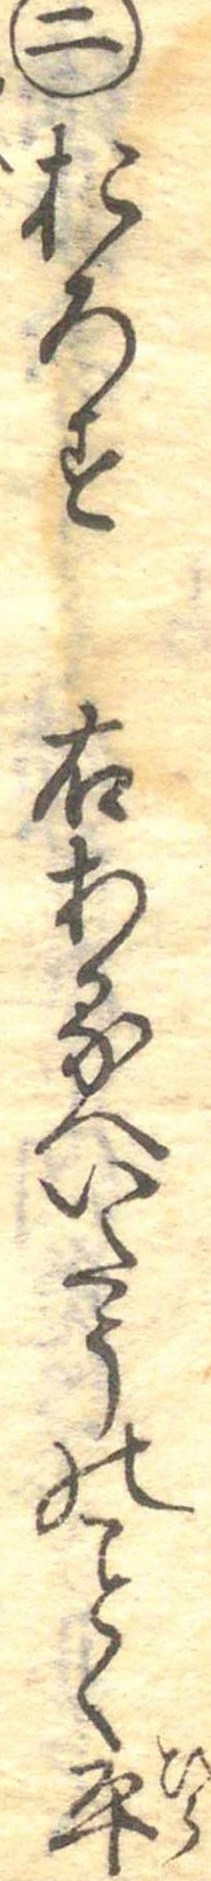
二おろす右あるへいたうのく平